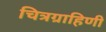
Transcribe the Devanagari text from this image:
चित्रग्राहिणी